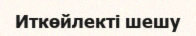
Иткөйлекті шешу